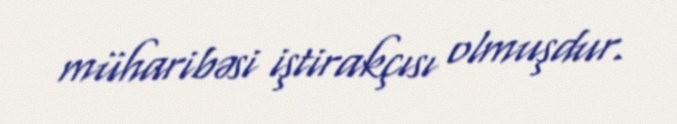
müharibəsi iştirakçısı olmuşdur.